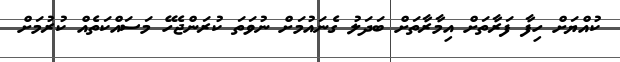
ކުއްޔަށް ހިފާ ފަރާތަށް އިމާރާތަށް ބަދަލު ގެނައުމަށް ނުވަތަ ކުރަންޖެހޭ މަސައްކަތެއް ކުރުމަށް